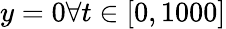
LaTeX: y=0\forall t\in[0,1000]